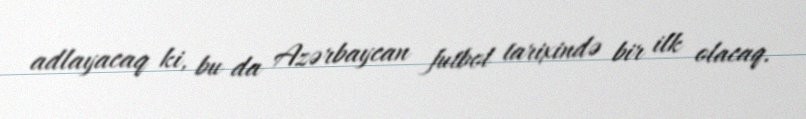
adlayacaq ki, bu da Azərbaycan futbol tarixində bir ilk olacaq.